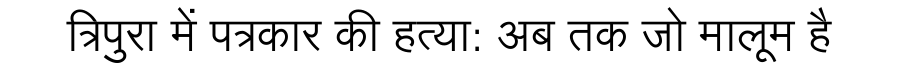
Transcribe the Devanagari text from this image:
त्रिपुरा में पत्रकार की हत्या: अब तक जो मालूम है